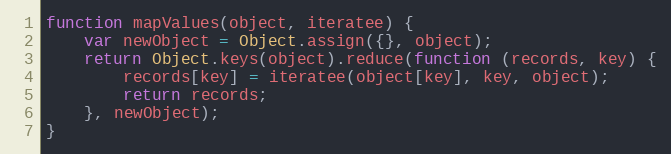
Language: JavaScript
function mapValues(object, iteratee) {
    var newObject = Object.assign({}, object);
    return Object.keys(object).reduce(function (records, key) {
        records[key] = iteratee(object[key], key, object);
        return records;
    }, newObject);
}